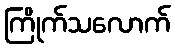
ကြိုက်သလောက်